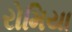
રોમિયા